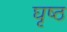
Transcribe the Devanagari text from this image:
घृष्ठ